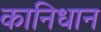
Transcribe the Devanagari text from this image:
कानिधान